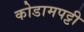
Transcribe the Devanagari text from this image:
कोडामपट्टी